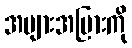
အများအပြားကို